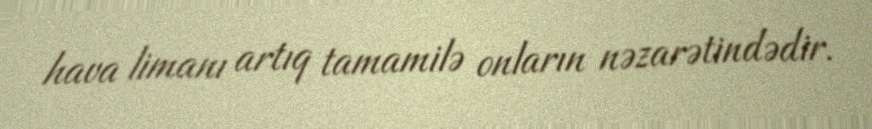
hava limanı artıq tamamilə onların nəzarətindədir.